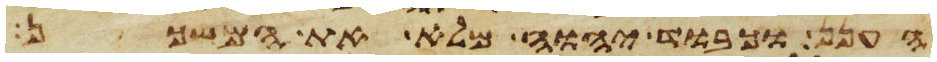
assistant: הענן וכבוד יהוה מלא את המשכן